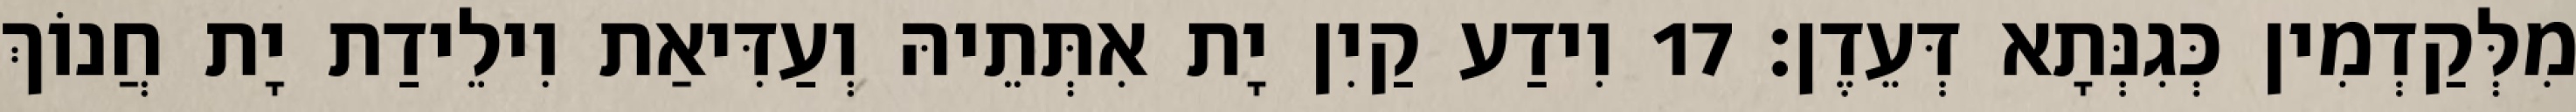
מִלְּקַדְמִין כְּגִנְּתָא דְּעֵדֶן׃ 17 וִידַע קַיִן יָת אִתְּתֵיהּ וְעַדִּיאַת וִילֵידַת יָת חֲנוֹךְ